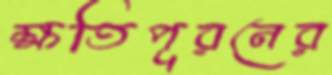
ক্ষতিপূরনের